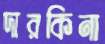
দারকিনা